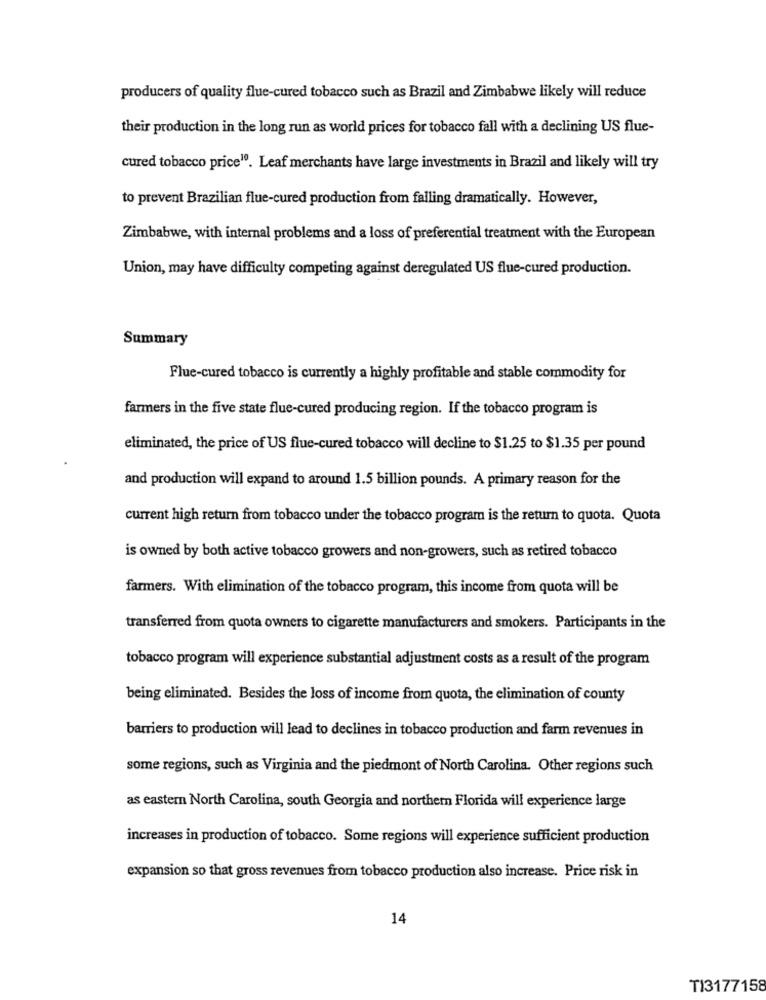
producers of quality flue-cured tobacco such as Brazil and Zimbabwe likely will reduce
their production in the long run as world prices for tobacco fall with a declining US flue-
cured tobacco price19. Leaf merchants have large investments in Brazil and likely will try
to prevent Brazilian flue-cured production from falling dramatically. However,
Zimbabwe, with internal problems and a loss of preferential treatment with the European
Union, may have difficulty competing against deregulated US flue-cured production.
Summary
Flue-cured tobacco is currently a highly profitable and stable commodity for
farmers in the five state flue-cured producing region. If the tobacco program is
eliminated, the price of US flue-cured tobacco will decline to $1.25 to $1.35 per pound
and production will expand to around 1.5 billion pounds. A primary reason for the
current high return from tobacco under the tobacco program is the return to quota. Quota
is owned by both active tobacco growers and non-growers, such as retired tobacco
farmers. With elimination of the tobacco program, this income from quota will be
transferred from quota owners to cigarette manufacturers and smokers. Participants in the
tobacco program will experience substantial adjustment costs as a result of the program
being eliminated. Besides the loss of income from quota, the elimination of county
barriers to production will lead to declines in tobacco production and farm revenues in
some regions, such as Virginia and the piedmont of North Carolina. Other regions such
as eastern North Carolina, south Georgia and northern Florida will experience large
increases in production of tobacco. Some regions will experience sufficient production
expansion so that gross revenues from tobacco production also increase. Price risk in
14
TI3177158